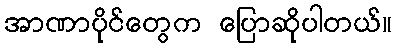
အာဏာပိုင်တွေက ပြောဆိုပါတယ်။